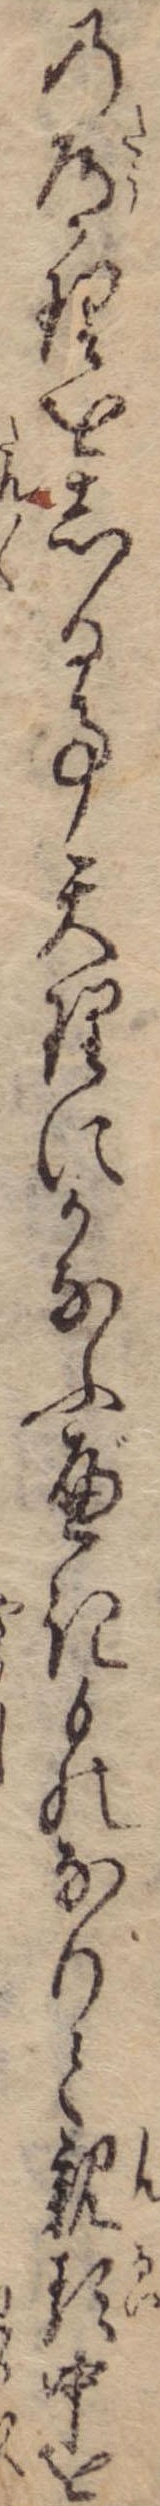
の道理をしる事天理にかなふべきものなりと親類中を